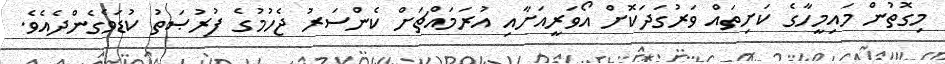
މިގޮތުން މައިމީހާގެ ކަށިތައް ވަރުގަދަކޮށް އޯވަރީއަށާއި އުރަމައްޗަށް ކެންސަރު ޖެހުމުގެ ފުރުޞަތު ކުޑަވެގެންދެއެވެ.